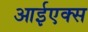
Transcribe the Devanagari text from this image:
आईएक्स